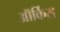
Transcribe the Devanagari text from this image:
ऑर्किस्